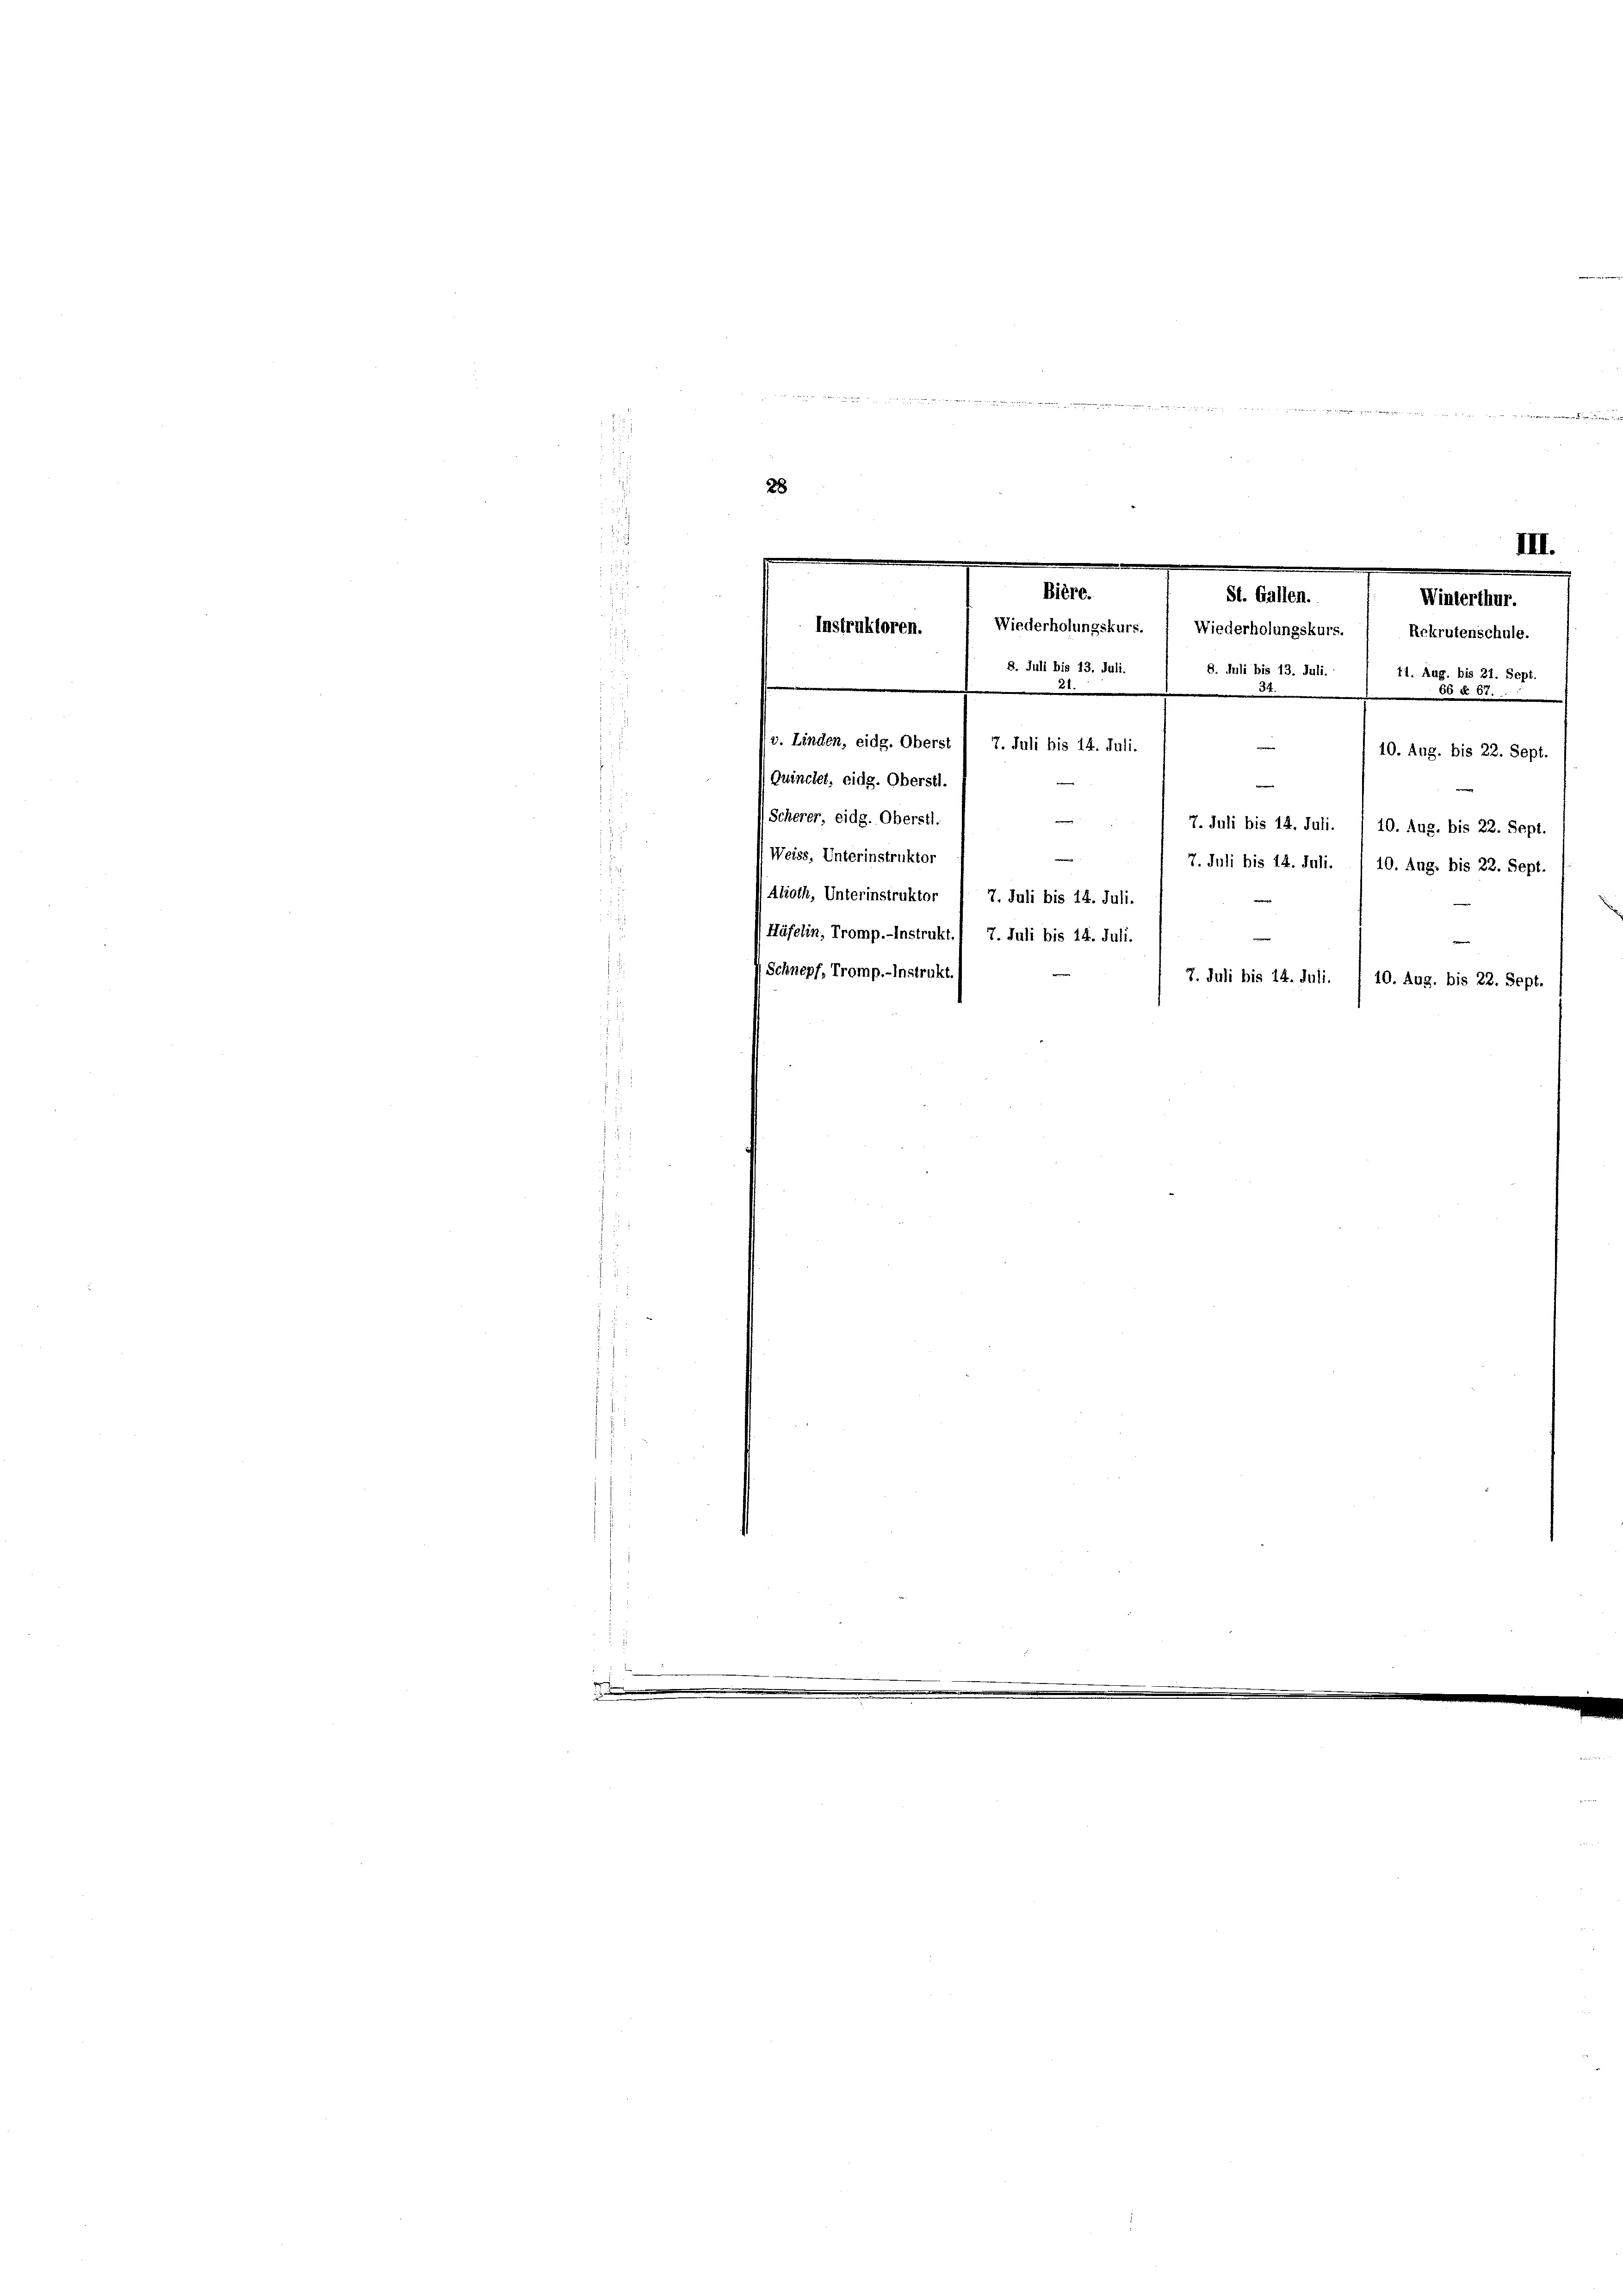
28

III.
.
.
.
Bière.
St. Gallen.
Winterthur.
Wiederholungskurs.  Wiederholungskurs.  Rekrutenschule.
Instruktoren.
¬

¬
2
e
i
.
8. Juli bis 13. Juli.
8. Juli bis 13. Juli.
11. Aug. bis 21. Sept.
e
e
21.
66 § 61.
d v. Linden, eidg. Oberst 1 7. Juli bis 14. Juli.
10. Aug. bis 22. Sept.
Quinchet, eidg. Oberstl.
e
Scherer, eidg. Oberstl
m
7. Juli bis 14. Juli. / 10. Aug. bis 22. Sept.
s
Weiss, Unterinstruktor
m
7. Juli bis 14. Juli. 1 10. Aug. bis 22. Sept.
i
Alioth, Unterinstruktor 1 7. Juli bis 14. Juli.
(Häfelin, Tromp.-Instrukt./ 7. Juli bis 14. Juli.
Schnepf, Tromp.-Instrukt
7. Juli bis 14. Juli. I 10. Aug. bis 22. Sept.